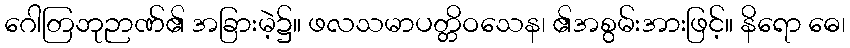
ဂေါတြဘုဉာဏ်၏ အခြားမဲ့၌။ ဖလသမာပတ္တိဝသေန၊ ၏အစွမ်းအားဖြင့်။ နိရော ဓေ၊